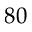
8 0